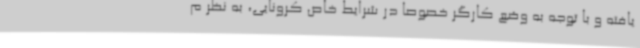
یافته و با توجه به وضع کارگر خصوصا در شرایط خاص کرونایی، به نظر م